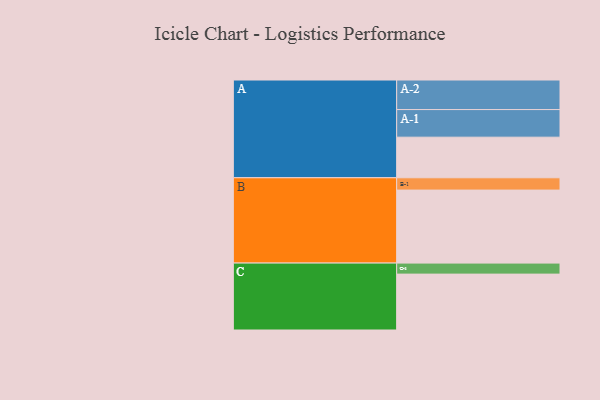
{"axis": {"x": "Segment", "y": "Value"}, "legend": ["", "A", "B", "C"], "data": [{"x": "A", "y": 313, "type": ""}, {"x": "B", "y": 563, "type": ""}, {"x": "C", "y": 431, "type": ""}, {"x": "A-1", "y": 213, "type": "A"}, {"x": "A-2", "y": 228, "type": "A"}, {"x": "B-1", "y": 95, "type": "B"}, {"x": "C-1", "y": 85, "type": "C"}]}